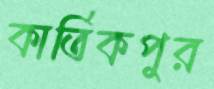
কার্তিকপুর